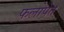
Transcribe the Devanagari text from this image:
फलोपेत